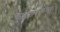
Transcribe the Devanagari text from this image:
कृष्णाष्टम्यन्तसम्भवः।